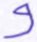
و